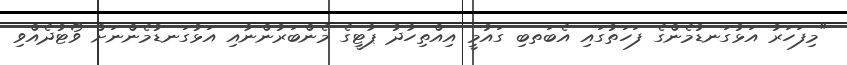
"މިފަހަރު އަޅުގަނޑުމެންގެ ފަހަތުގައި އެބަތބި ގައުމީ އިއްތިހާދު ޕާޓީގެ މެންބަރުންނާއި އަޅުގަނޑުމެންނަށް ވޯޓުދެއްވި